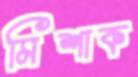
মিশাক